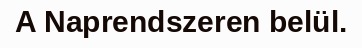
A Naprendszeren belül.